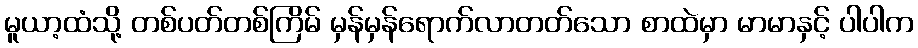
မူယာ့ထံသို့ တစ်ပတ်တစ်ကြိမ် မှန်မှန်ရောက်လာတတ်သော စာထဲမှာ မာမာနှင့် ပါပါက